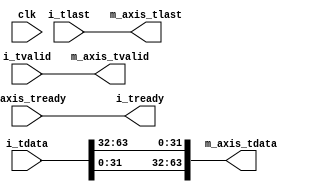
`default_nettype none

module cvita_to_axis
(
	input wire           clk,

	input wire [63:0]    i_tdata,
        input wire           i_tlast,
        input wire           i_tvalid,
        output wire          i_tready,

	output wire [63:0]   m_axis_tdata,
        output wire          m_axis_tlast,
        output wire          m_axis_tvalid,
        input wire           m_axis_tready
);

	assign i_tready = m_axis_tready;

	assign m_axis_tdata = {i_tdata[31:0], i_tdata[63:32]};
	assign m_axis_tlast = i_tlast;
	assign m_axis_tvalid = i_tvalid;

endmodule // cvita_to_axis

`default_nettype wire